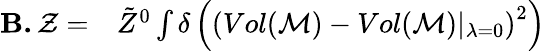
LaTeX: \begin{array}{rl}{\textbf{B.}\, \mathcal{Z}=}&{{}\tilde{Z}^{0}\int\delta\left(\left(Vol(\mathcal{M})-Vol(\mathcal{M})\vert_{\lambda=0}\right)^{2}\right)}\end{array}